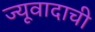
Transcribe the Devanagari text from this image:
ज्यूवादाची